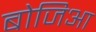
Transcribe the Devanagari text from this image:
बोजिआ